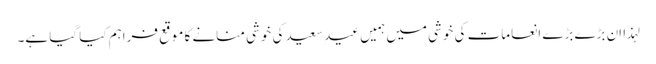
لہذا اِن بڑے بڑے انعامات کی خوشی میں ہمیں عیدِ سعید کی خوشی منانے کا موقع فراہم کیا گیا ہے۔